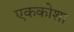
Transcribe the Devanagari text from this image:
एककोशा